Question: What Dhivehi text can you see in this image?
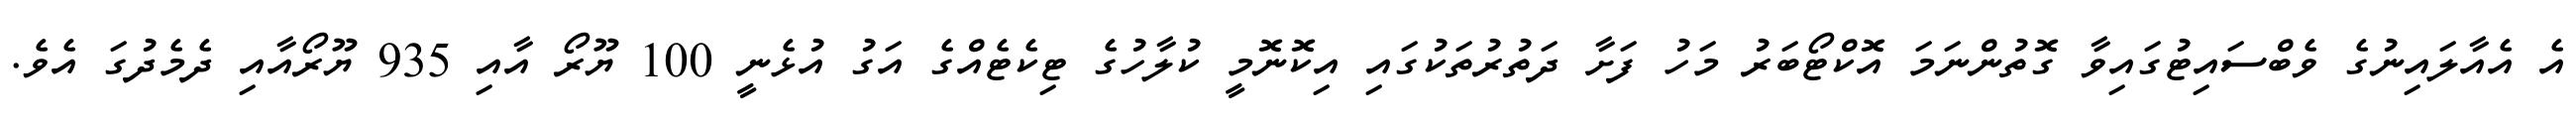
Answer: އެ އެއާލައިނުގެ ވެބްސައިޓުގައިވާ ގޮތުންނަމަ އޮކްޓޯބަރު މަހު ފަށާ ދަތުރުތަކުގައި އިކޮނޮމީ ކުލާހުގެ ޓިކެޓެއްގެ އަގު އުޅެނީ 100 ޔޫރޯ އާއި 935 ޔޫރޯއާއި ދެމެދުގަ އެވެ.